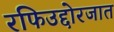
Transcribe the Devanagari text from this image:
रफिउद्दोरजात